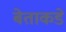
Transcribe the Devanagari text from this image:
बेताकडे